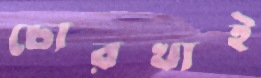
চোরখাই